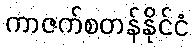
ကာဇက်စတန်နိုင်ငံ